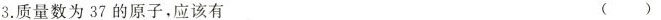
3.质量数为37的原子，应该有 ( )